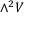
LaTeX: \wedge ^ { 2 } V